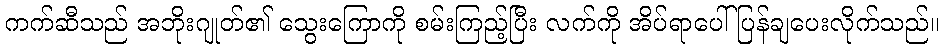
ကက်ဆီသည် အဘိုးဂျုတ်၏ သွေးကြောကို စမ်းကြည့်ပြီး လက်ကို အိပ်ရာပေါ် ပြန်ချပေးလိုက်သည်။